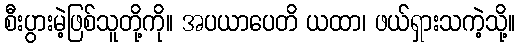
စီးပွားမဲ့ဖြစ်သူတို့ကို။ အပယာပေတိ ယထာ၊ ဖယ်ရှားသကဲ့သို့။